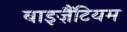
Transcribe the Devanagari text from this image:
बाइज़ैंटियम